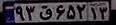
۹۳ق۶۵۲۱۳